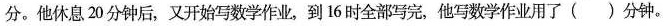
分。他休息20分钟后，又开始写数学作业，到16时全部写完，他写数学作业用了()分钟。